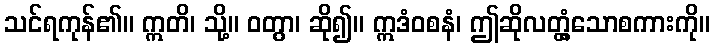
သင်ရကုန်၏။ ဣတိ၊ သို့။ ဝတွာ၊ ဆို၍။ ဣဒံဝစနံ၊ ဤဆိုလတ္တံ့သောစကားကို။